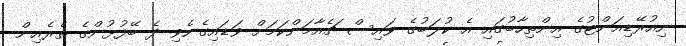
ނިއުރޭޑިއަންޓުގެ އިންތިހާބުގައި އެ ކުލަބުގެ ވައިސް ޗެއާމަންކަމަށް ވަޑައިގެނެވި ދެ ބޭފުޅުންގެ ތެރެއިން